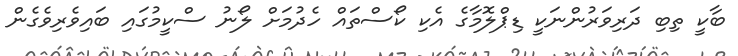
ބާކީ ތިބި ދަރިވަރުންނަކީ ޑިޕްލޮމާގެ އެކި ކޯސްތައް ހެދުމަށް ލޯނު ސްކީމުގައި ބައިވެރިވެގެން